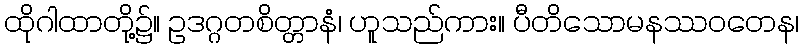
ထိုဂါထာတို့၌။ ဥဒဂ္ဂတစိတ္တာနံ၊ ဟူသည်ကား။ ပီတိသောမနဿဝတေန၊